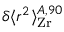
\delta \langle r ^ { 2 } \rangle _ { \mathrm { Z r } } ^ { A , 9 0 }